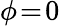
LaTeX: \phi\! =\! 0